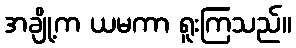
အချို့က ယမကာ ရူးကြသည်။